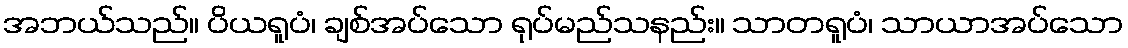
အဘယ်သည်။ ပိယရူပံ၊ ချစ်အပ်သော ရုပ်မည်သနည်း။ သာတရူပံ၊ သာယာအပ်သော